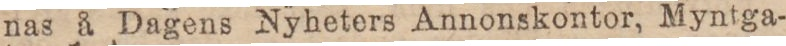
nas å Dagens Nyheters Annonskontor, Myntga-